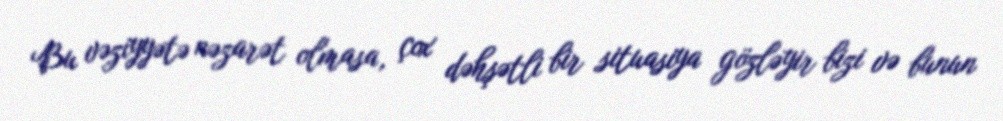
Bu vəziyyətə nəzarət olmasa, çox dəhşətli bir situasiya gözləyir bizi və bunun